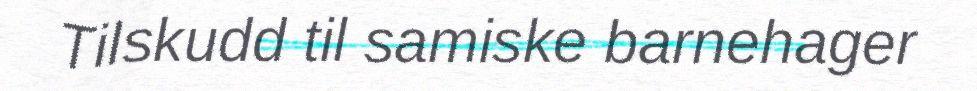
Tilskudd til samiske barnehager